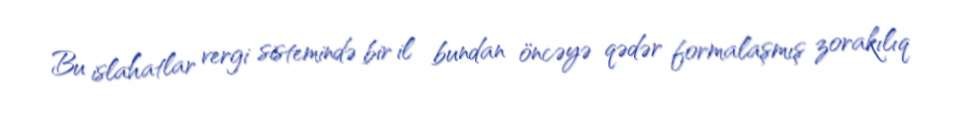
Bu islahatlar vergi sistemində bir il bundan öncəyə qədər formalaşmış zorakılıq